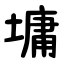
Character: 墉